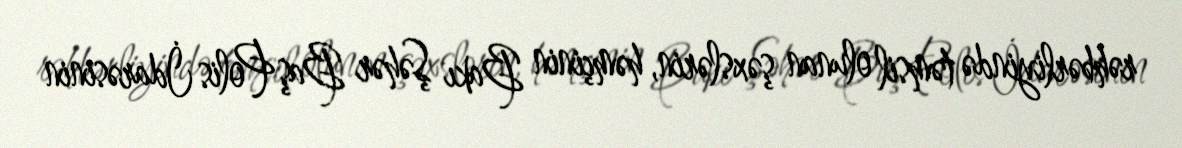
rəhbərliyində təmsil olunan şəxslərin, həmçinin Bakı Şəhər Baş Polis İdarəsinin